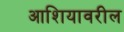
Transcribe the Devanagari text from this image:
आशियावरील